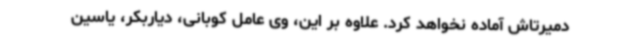
دمیرتاش آماده نخواهد کرد. علاوه بر این، وی عامل کوبانی، دیاربکر، یاسین